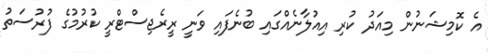
އެ ކޮމިޝަނުން މިއަދު ކުރި އިއުލާނެއްގައި ބުނެފައި ވަނީ ރީރެޖިސްޓްރީ ކުރުމުގެ ފުރުސަތު